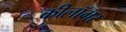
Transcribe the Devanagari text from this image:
कीलॉगर